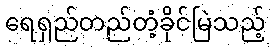
ရေရှည်တည်တံ့ခိုင်မြဲသည့်